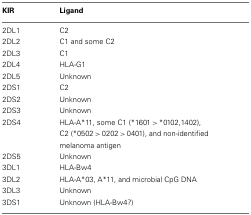
<table><thead><tr><td><b>KIR</b></td><td><b>Ligand</b></td></tr></thead><tbody><tr><td>2DL1</td><td>C2</td></tr><tr><td>2DL2</td><td>C1 and some C2</td></tr><tr><td>2DL3</td><td>C1</td></tr><tr><td>2DL4</td><td>HLA-G1</td></tr><tr><td>2DL5</td><td>Unknown</td></tr><tr><td>2DS1</td><td>C2</td></tr><tr><td>2DS2</td><td>Unknown</td></tr><tr><td>2DS3</td><td>Unknown</td></tr><tr><td>2DS4</td><td>HLA-A*11, some C1 (*1601 &gt; *0102,1402), C2 (*0502 &gt; 0202 &gt; 0401), and non-identified melanoma antigen</td></tr><tr><td>2DS5</td><td>Unknown</td></tr><tr><td>3DL1</td><td>HLA-Bw4</td></tr><tr><td>3DL2</td><td>HLA-A*03, A*11, and microbial CpG DNA</td></tr><tr><td>3DL3</td><td>Unknown</td></tr><tr><td>3DS1</td><td>Unknown (HLA-Bw4?)</td></tr></tbody></table>